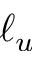
\ell _ { u }